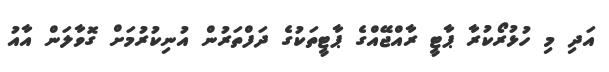
އަދި މި ހުޅުރޯކުރާ ޕާޓީ ރާއްޖޭއްގެ ޕާޓީތަކުގެ ދަފްތަރުން އުނިކުރުމަށް ގޮވާލަން އާއު